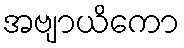
အဗျာယိကော